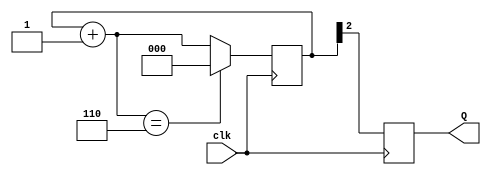
module freq_div(clk, Q);
input clk;
output reg Q;
reg [2:0] temp = 3'b000;
always @(posedge clk) begin
	if ((temp + 3'b001) == 3'b110)
	begin
		temp <= 3'b000;
	end
	else
		temp <=  temp + 3'b001;
	Q = temp[2];
end
endmodule